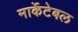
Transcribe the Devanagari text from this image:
मार्केटेबल